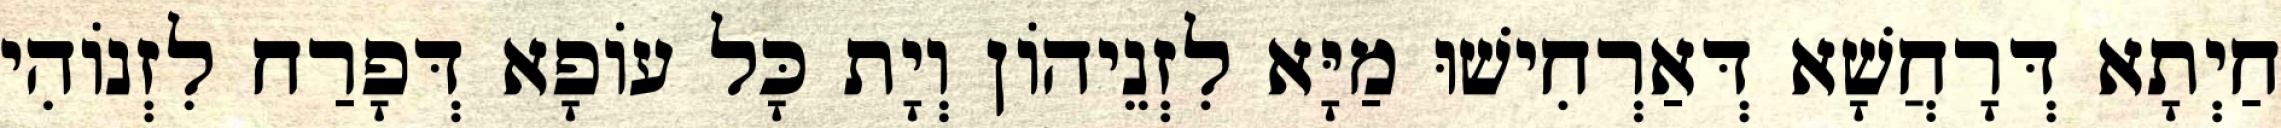
חַיְתָא דְּרָחֲשָׁא דְּאַרְחִישׁוּ מַיָּא לִזְנֵיהוֹן וְיָת כָּל עוֹפָא דְּפָרַח לִזְנוֹהִי